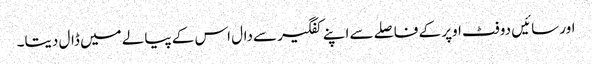
اور سائیں دو فٹ اوپر کے فاصلے سے اپنے کفگیر سےدال اس کے پیالے میں ڈال دیتا۔